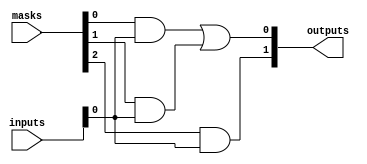
module MaskedPAL (
    input wire [N-1:0] inputs,   // N input variables
    input wire [M-1:0] masks,    // M masks for AND gates
    output wire [P-1:0] outputs   // P output functions
);

// Parameters for the design
parameter N = 4;   // Number of inputs
parameter M = 4;   // Number of AND gates
parameter P = 2;   // Number of outputs

// Wire declarations for AND gate outputs
wire [M-1:0] and_outputs;

// AND gates implementation (programmed via masks)
genvar i;
generate
    for (i = 0; i < M; i = i + 1) begin : and_gate
        assign and_outputs[i] = (masks[i] & inputs);
    end
endgenerate

// OR plane for combining selected AND outputs to generate final outputs
assign outputs[0] = and_outputs[0] | and_outputs[1]; // Example output function 1
assign outputs[1] = and_outputs[2];                   // Example output function 2

endmodule